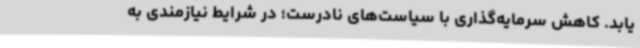
یابد. کاهش سرمایه‌گذاری با سیاست‌های نادرست؛ در شرایط نیازمندی به